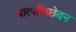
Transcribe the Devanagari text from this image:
पारपरिच्छेदन